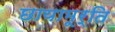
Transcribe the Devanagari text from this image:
छायामूर्ति